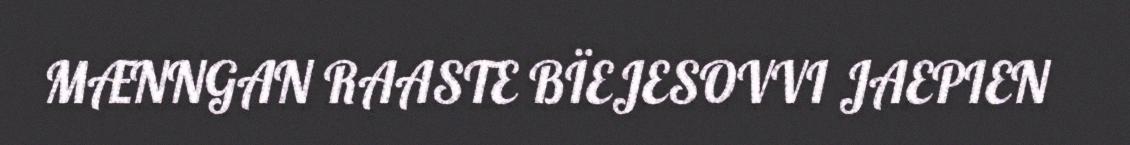
MÆNNGAN RAASTE BÏEJESOVVI JAEPIEN